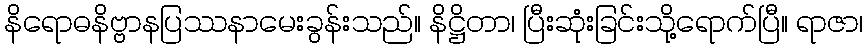
နိရောဓနိဗ္ဗာနပြဿနာမေးခွန်းသည်။ နိဋ္ဌိတာ၊ ပြီးဆုံးခြင်းသို့ရောက်ပြီ။ ရာဇာ၊